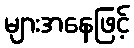
များအနေဖြင့်